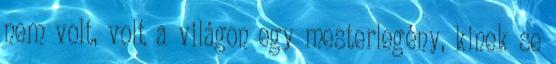
nem volt, volt a világon egy mesterlegény, kinek se